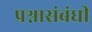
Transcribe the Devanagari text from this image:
प्रश्नासंबंधी